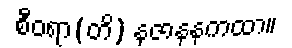
စီဝရာ(တိ) နုဇာနနကထာ။